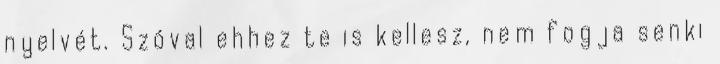
nyelvét. Szóval ehhez te is kellesz, nem fogja senki